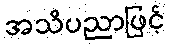
အသိပညာဖြင့်